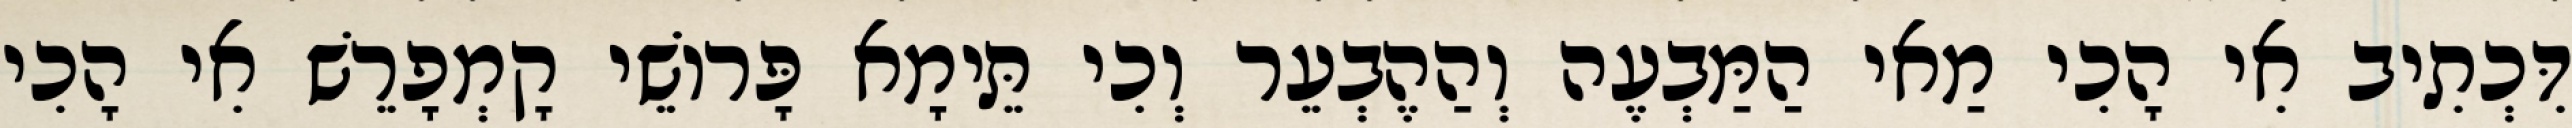
דִּכְתִיב אִי הָכִי מַאי הַמַּבְעֶה וְהַהֶבְעֵר וְכִי תֵּימָא פָּרוֹשֵׁי קָמְפָרֵשׁ אִי הָכִי